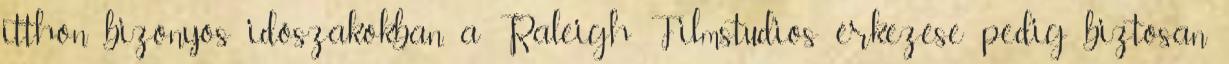
itthon bizonyos időszakokban, a Raleigh Filmstudios érkezése pedig biztosan